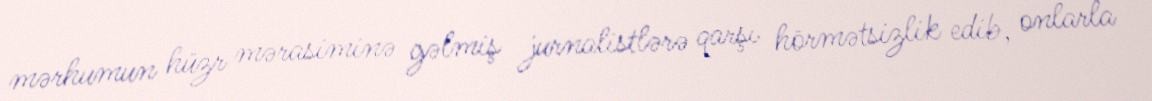
mərhumun hüzr mərasiminə gəlmiş jurnalistlərə qarşı hörmətsizlik edib, onlarla